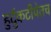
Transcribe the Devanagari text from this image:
हुर्दुकटीपेतच